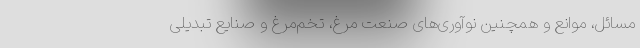
مسائل، موانع و همچنین نوآوری‌های صنعت مرغ، تخم‌مرغ و صنایع تبدیلی